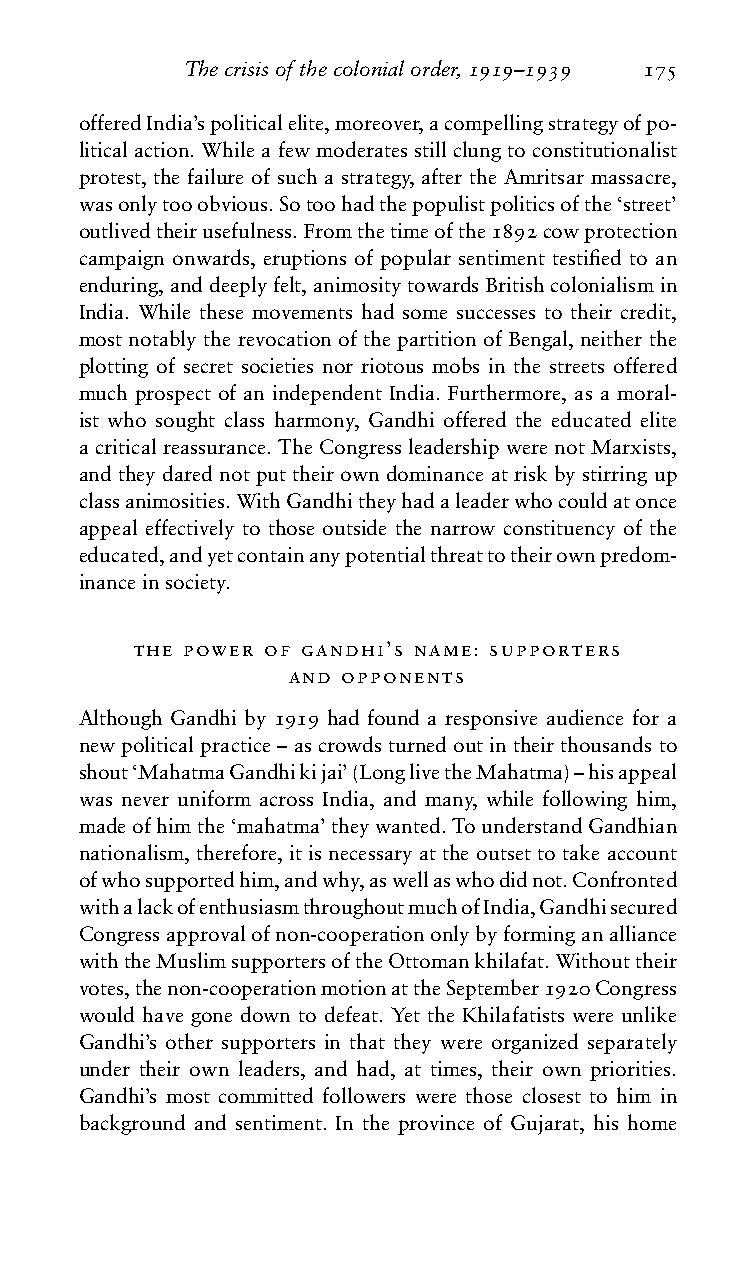
Thecrisisofthecolonialorder,1919–1939 175
 offeredIndia’spoliticalelite,moreover,acompellingstrategyofpo-
 liticalaction.Whileafewmoderatesstillclungtoconstitutionalist
 protest, the failure of such a strategy, after the Amritsar massacre,
 wasonlytooobvious.Sotoohadthepopulistpoliticsofthe‘street’
 outlivedtheirusefulness.Fromthetimeofthe1892cowprotection
 campaign onwards, eruptions of popular sentiment testified to an
 enduring,anddeeplyfelt,animositytowardsBritishcolonialismin
 India. While these movements had some successes to their credit,
 most notably the revocation of the partition of Bengal, neither the
 plotting of secret societies nor riotous mobs in the streets offered
 much prospect of an independent India. Furthermore, as a moral-
 ist who sought class harmony, Gandhi offered the educated elite
 a critical reassurance. The Congress leadership were not Marxists,
 and they dared not put their own dominance at risk by stirring up
 classanimosities.WithGandhitheyhadaleaderwhocouldatonce
 appeal effectively to those outside the narrow constituency of the
 educated,andyetcontainanypotentialthreattotheirownpredom-
 inanceinsociety.
 the power of gandhi’s name: supporters
 and opponents
 Although Gandhi by 1919 had found a responsive audience for a
 newpoliticalpractice–ascrowdsturnedoutintheirthousandsto
 shout‘MahatmaGandhikijai’(LonglivetheMahatma)–hisappeal
 was never uniform across India, and many, while following him,
 madeofhimthe‘mahatma’theywanted.TounderstandGandhian
 nationalism, therefore, it is necessary at the outset to take account
 ofwhosupportedhim,andwhy,aswellaswhodidnot.Confronted
 withalackofenthusiasmthroughoutmuchofIndia,Gandhisecured
 Congressapprovalofnon-cooperationonlybyforminganalliance
 withtheMuslimsupportersoftheOttomankhilafat.Withouttheir
 votes,thenon-cooperationmotionattheSeptember1920Congress
 would have gone down to defeat. Yet the Khilafatists were unlike
 Gandhi’s other supporters in that they were organized separately
 under their own leaders, and had, at times, their own priorities.
 Gandhi’s most committed followers were those closest to him in
 background and sentiment. In the province of Gujarat, his home